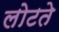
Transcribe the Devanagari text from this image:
लोटते